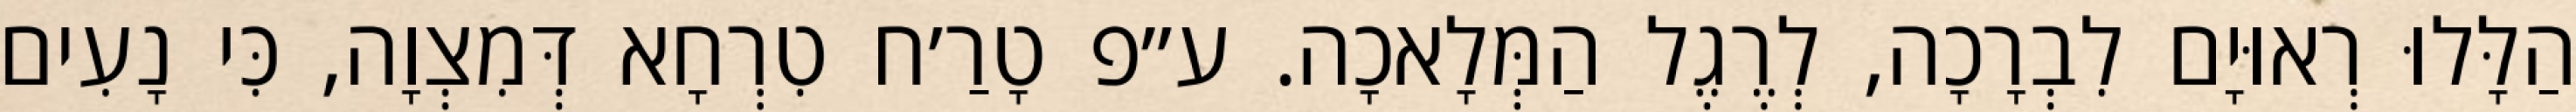
הַלָּלוּ רְאוּיָם לִבְרָכָה, לְרֶגֶל הַמְּלָאכָה. ע״פ טָרַ׳ח טִרְחָא דְּמִצְוָה, כִּי נָעִים